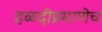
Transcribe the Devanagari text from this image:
हळदीप्रमाणेच